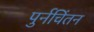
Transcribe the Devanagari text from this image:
पुर्नचिंतन